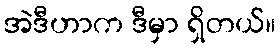
အဲဒီဟာက ဒီမှာ ရှိတယ်။